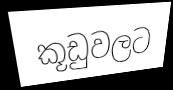
කූඩුවලට